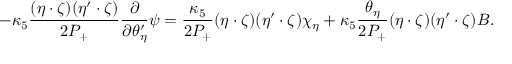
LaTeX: - \kappa _ { 5 } \frac { ( \eta \cdot \zeta ) ( \eta ^ { \prime } \cdot \zeta ) } { 2 P _ { + } } \frac { \partial } { \partial \theta _ { \eta } ^ { \prime } } \psi = \frac { \kappa _ { 5 } } { 2 P _ { + } } ( \eta \cdot \zeta ) ( \eta ^ { \prime } \cdot \zeta ) \chi _ { \eta } + \kappa _ { 5 } \frac { \theta _ { \eta } } { 2 P _ { + } } ( \eta \cdot \zeta ) ( \eta ^ { \prime } \cdot \zeta ) B .